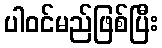
ပါဝင်မည်ဖြစ်ပြီး